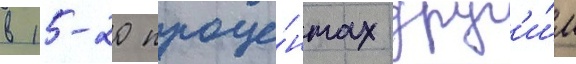
в 15-20 проце́нтах друг'и́м